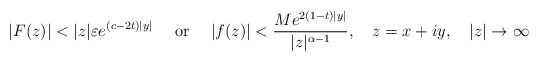
\begin{align*}\vert F(z)\vert <\vert z\vert \varepsilon e^{(c-2t)\vert y\vert } \quad \textrm{ or }\quad \vert f(z)\vert <\frac{Me^{2(1-t)\vert y\vert }}{\vert z\vert ^{\alpha -1}},\quad z=x+iy,\quad \vert z\vert \to \infty \end{align*}